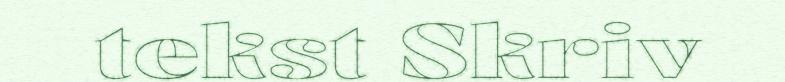
tekst Skriv